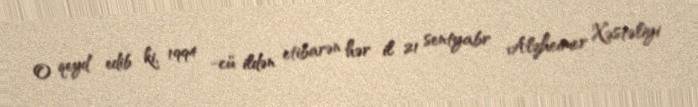
O qeyd edib ki, 1994 -cü ildən etibarən hər il 21 sentyabr Alzheimer Xəstəliyi